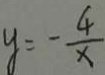
y = - \frac { 4 } { x }